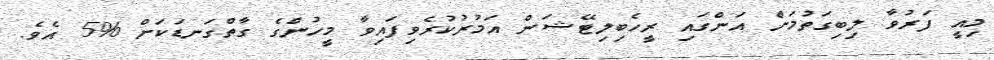
މިއީ ފަރުވާ ލިބިގަތުމަށް އަންގައި ރީހެބިލިޓޭޝަން އަމުރުކުރެވިފައިވާ މީހުންގެ ގާތްގަނޑަކަށް %5 އެވެ.